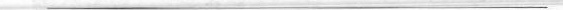
___